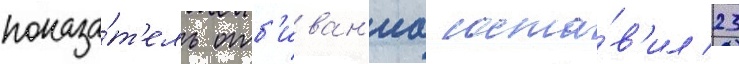
показа́т'ель отб'иван'иа соста́в'ил 23